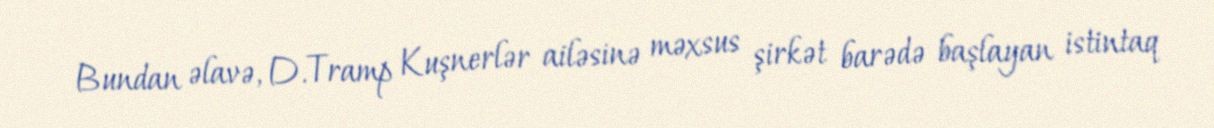
Bundan əlavə, D.Tramp Kuşnerlər ailəsinə məxsus şirkət barədə başlayan istintaq